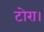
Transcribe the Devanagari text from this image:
टोरा।